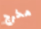
مخرج